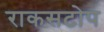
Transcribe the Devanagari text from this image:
राकसटोप